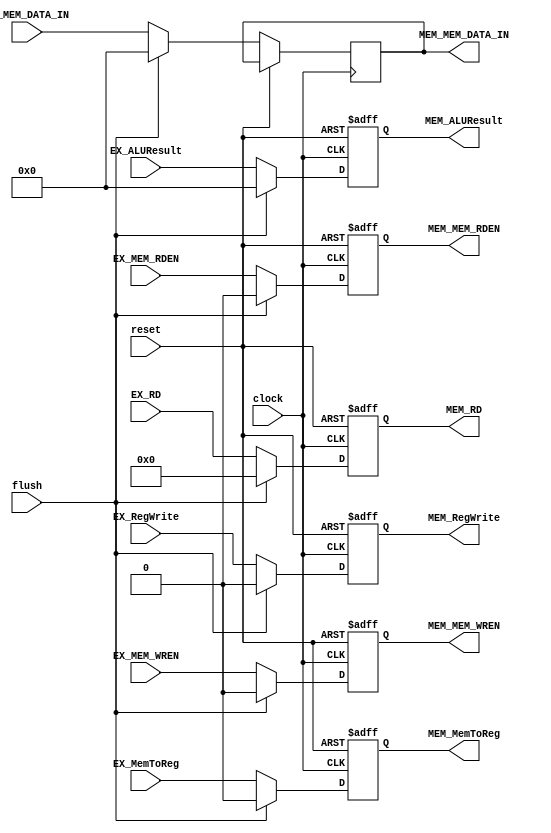
/* EX_MEM.v
 * UMAINE ECE 473
 * Initial Author: Ryan Kinney <ryan.kinney@maine.edu>
 * Other Authors: Landyn Francis <landyn.francis@maine.edu> ...
 * Description:
	 The pipeline register between the execution (EX)
	 and memory (MEM) stages of the CPU. Contains the data
	 and control signals.
*/

module EX_MEM(
	input wire flush, // flush signal from the controller

	input wire EX_RegWrite, // write into register?
	output reg MEM_RegWrite,

	input wire EX_MemToReg, // write from memory into register?
	output reg MEM_MemToReg,

	input wire EX_MEM_WREN, // read/write flags for the memory
	input wire EX_MEM_RDEN,
	output reg MEM_MEM_WREN,
	output reg MEM_MEM_RDEN,

	input wire [31:0] EX_ALUResult, // ALU output
	output reg [31:0] MEM_ALUResult,
	
	input wire [31:0] EX_MEM_DATA_IN, // data to be written to memory
	output reg [31:0] MEM_MEM_DATA_IN,

	input wire [4:0] EX_RD, // destination register address
	output reg [4:0] MEM_RD,

	input wire clock, // clock and reset lines
	input wire reset);

always @(posedge clock or posedge reset)	begin
	if(reset) begin
		// reset or flush; clear the registers
		MEM_RegWrite <= 1'd0;
		MEM_MemToReg <= 1'd0;
		MEM_MEM_WREN <= 1'd0;
		MEM_MEM_RDEN <= 1'd0;
		MEM_ALUResult <= 32'd0;
		MEM_RD <= 5'd0;
	end else begin
		if(flush) begin
			// reset or flush; clear the registers
			MEM_RegWrite <= 1'd0;
			MEM_MemToReg <= 1'd0;
			MEM_MEM_WREN <= 1'd0;
			MEM_MEM_RDEN <= 1'd0;
			MEM_ALUResult <= 32'd0;
			MEM_MEM_DATA_IN <= 32'd0;
			MEM_RD <= 5'd0;
		end else begin
			// write the new values on positive clock edge
			MEM_RegWrite <= EX_RegWrite;

			MEM_MemToReg <= EX_MemToReg;

			MEM_MEM_WREN <= EX_MEM_WREN;
			MEM_MEM_RDEN <= EX_MEM_RDEN;
			
			MEM_ALUResult <= EX_ALUResult;
			
			MEM_MEM_DATA_IN <= EX_MEM_DATA_IN;
			
			MEM_RD <= EX_RD;
		end
	end
end
	
endmodule